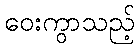
ဝေးကွာသည့်